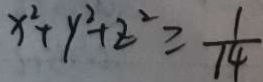
x ^ { 2 } + y ^ { 2 } + z ^ { 2 } \geq \frac { 1 } { 1 4 }